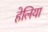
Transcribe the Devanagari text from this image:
हेलिया